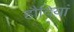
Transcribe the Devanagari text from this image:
हौदियां